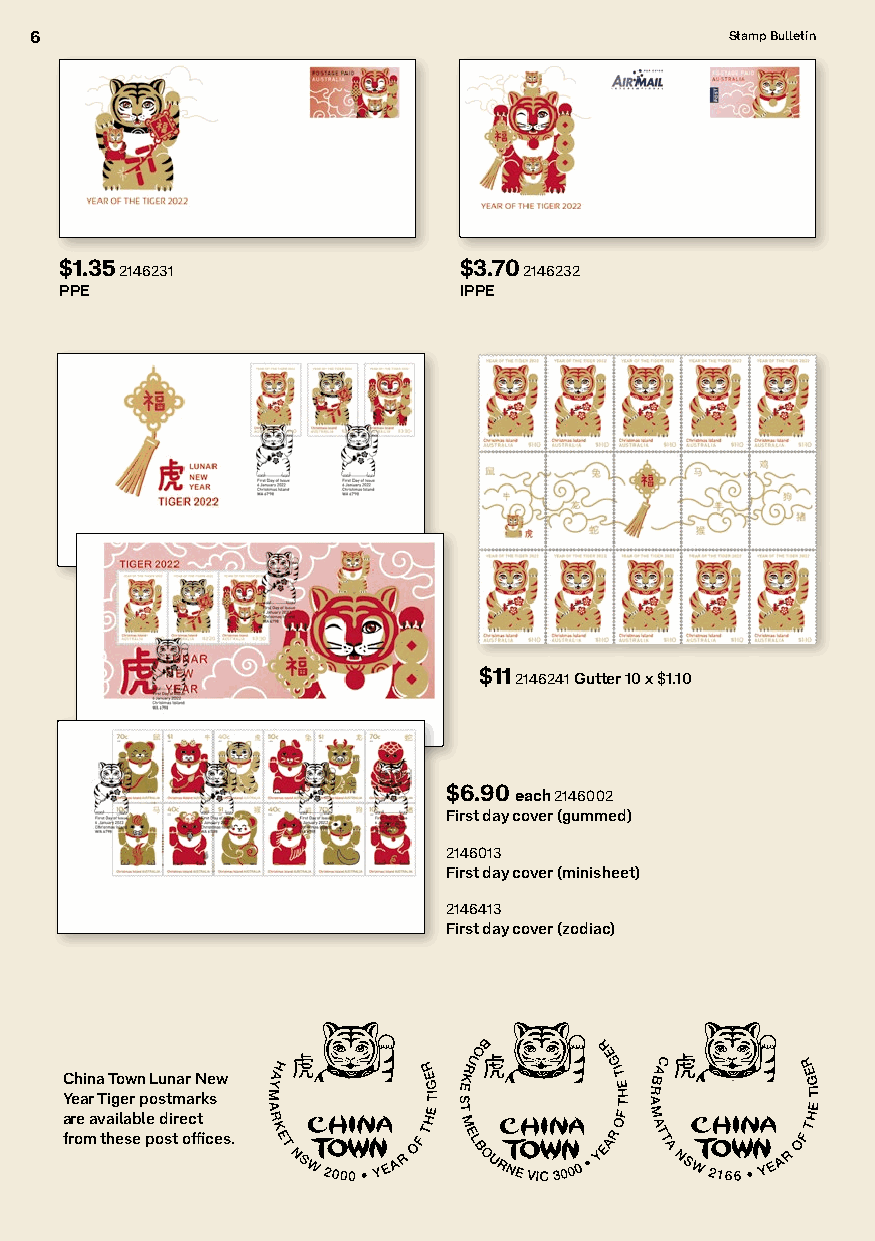
6                                             Stamp Bulletin
 $1.35 2146231             $3.70 2146232
 PPE                       IPPE
 $11 2146241 Gutter 10 x $1.10
 $6.90 each 2146002
 First day cover (gummed)
 2146013
 First day cover (minisheet)
 2146413
 First day cover (zodiac)
 China Town Lunar New
 Year Tiger postmarks
 are available direct
 from these post offices.